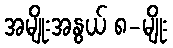
အမျိုးအနွယ် ၈-မျိုး